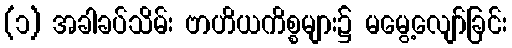
(၁) အခါခပ်သိမ်း ဗာဟိယကိစ္စများ၌ မမွေ့လျော်ခြင်း